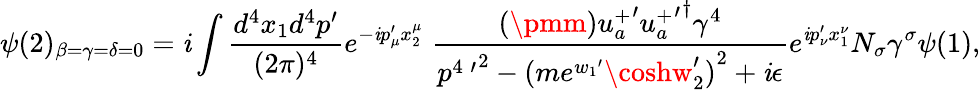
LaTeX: \psi(2)_{\beta=\gamma=\delta=0}=\mathit{i}\int\frac{{d^{4}x_{1}d^{4}p^{\prime}}}{{(2\pi)^{4}}}e^{-\mathit{i}p_{\mu}^{\prime}x_{2}^{\mu}}\; \frac{{(\pmm){u_{a}^{+}}^{\prime}{{u_{a}^{+}}^{\prime}}^{\dagger}\gamma^{4}}}{{{p^{4\; \prime}}^{2}-{(me^{{w_{1}}^{\prime}}\coshw_{2}^{\prime})}^{2}+\mathit{i}\epsilon}}e^{\mathit{i}p_{\nu}^{\prime}x_{1}^{\nu}}N_{\sigma}\gamma^{\sigma}\psi(1),